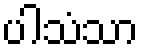
ပါသံသာ